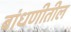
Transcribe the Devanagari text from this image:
बांधणीतील